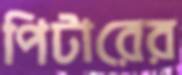
পিটারের